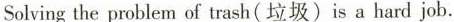
Solving the problem of trash(垃圾)is a hard job.